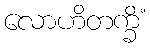
လောဟိတက္ခိံ